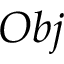
O b j